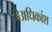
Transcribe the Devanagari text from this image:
हैअधिकांश